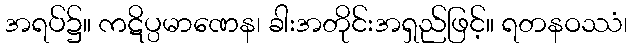
အရပ်၌။ ကဋိပ္ပမာဏေန၊ ခါးအတိုင်းအရှည်ဖြင့်။ ရတနဝဿံ၊